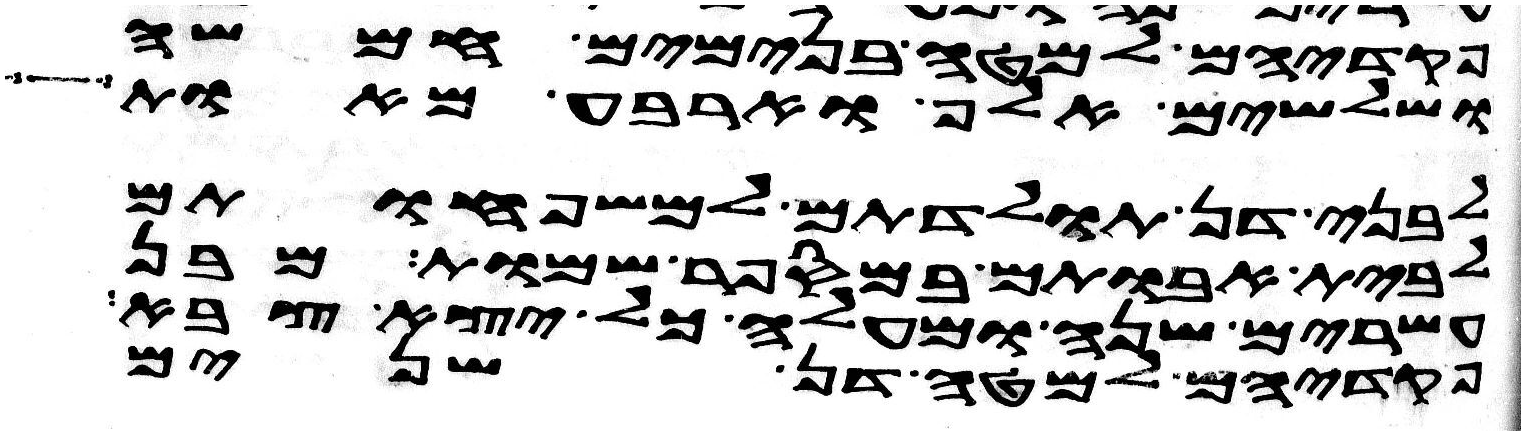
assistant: פקדיהם למטה בנימים חמשה
ושלשים אלף וארבע מאות
לבני דן תולדתם למשפחותם
לבית אבותם במספר שמות מבן
עשרים שנה ומעלה כל יצא צבא
פקדיהם למטה דן שנים